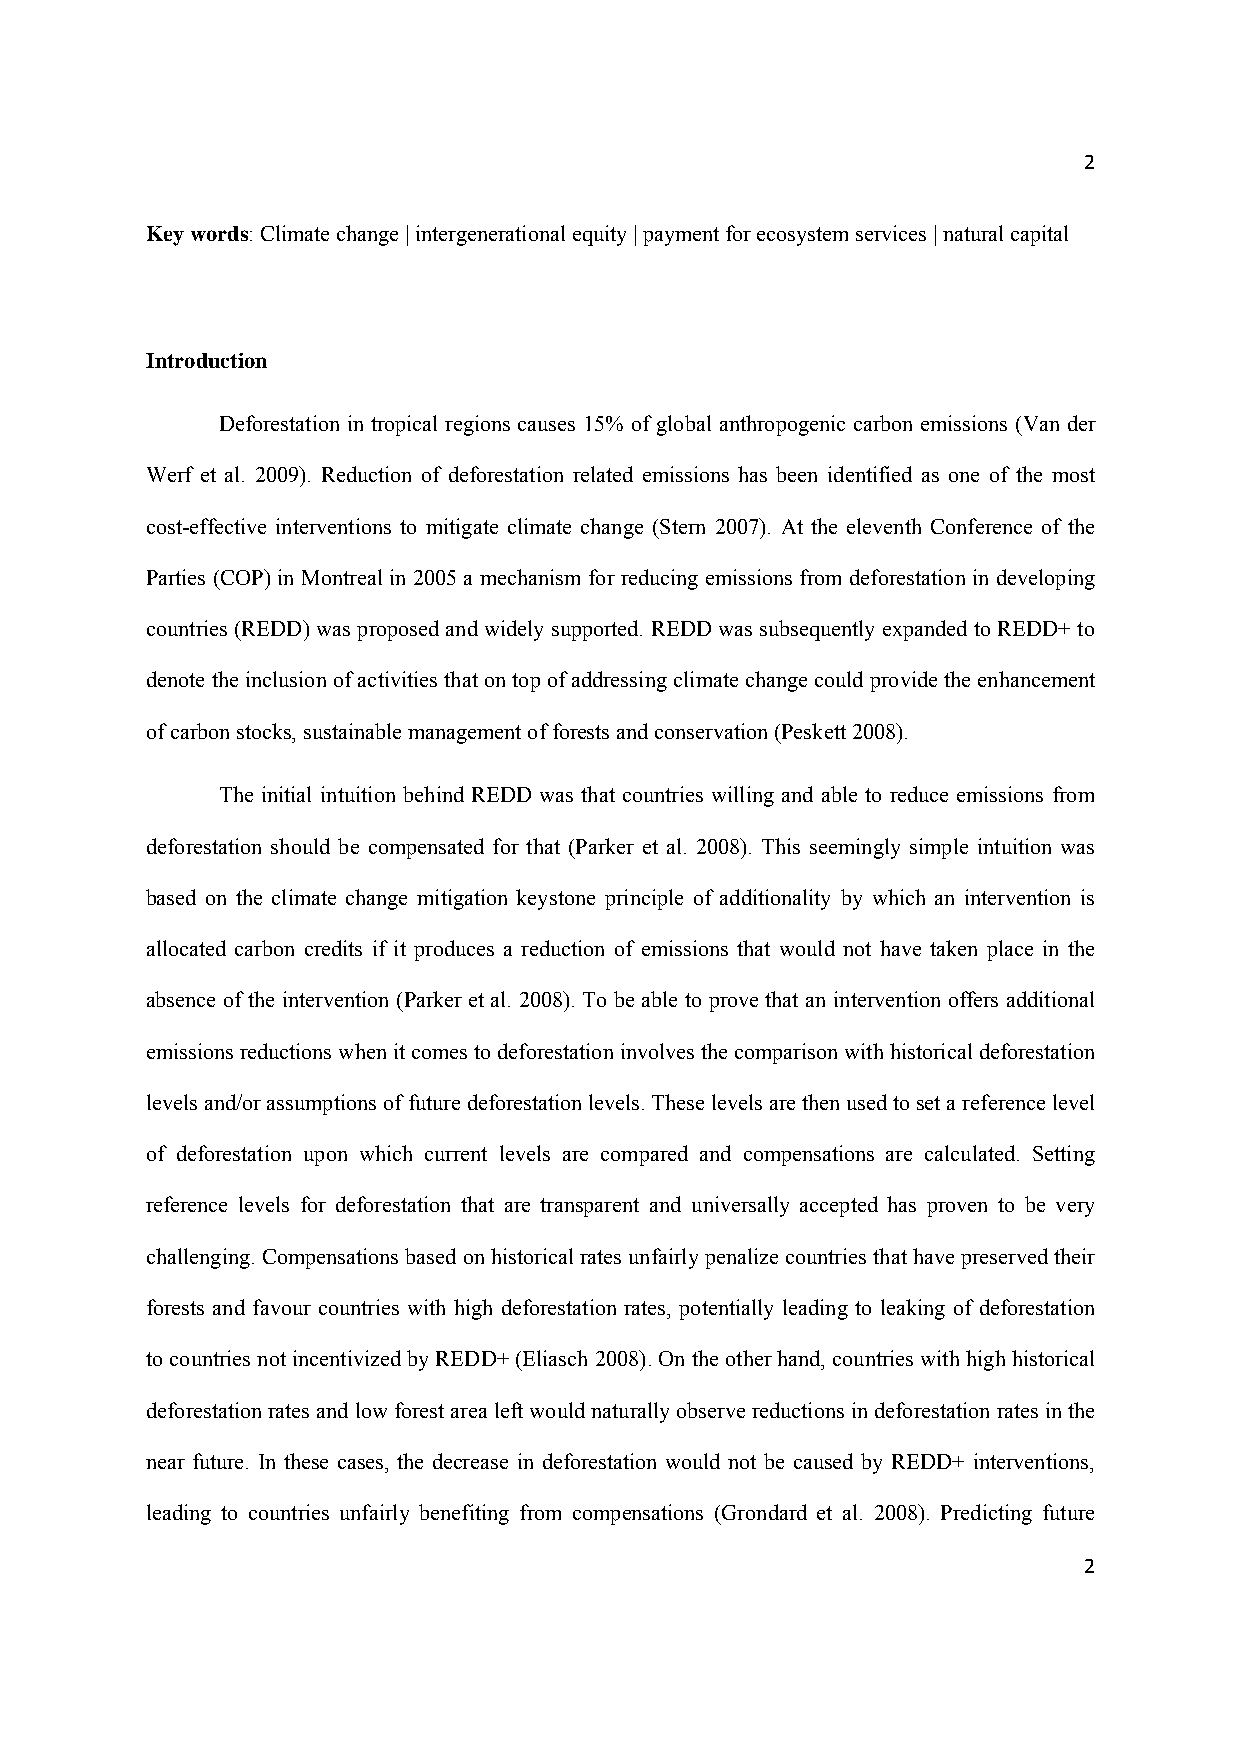
2
 Key words: Climate change | intergenerational equity | payment for ecosystem services | natural capital
 Introduction
 Deforestation in tropical regions causes 15% of global anthropogenic carbon emissions (Van der
 Werf et al. 2009). Reduction of deforestation related emissions has been identified as one of the most
 cost-effective interventions to mitigate climate change (Stern 2007). At the eleventh Conference of the
 Parties (COP) in Montreal in 2005 a mechanism for reducing emissions from deforestation in developing
 countries (REDD) was proposed and widely supported. REDD was subsequently expanded to REDD+ to
 denote the inclusion of activities that on top of addressing climate change could provide the enhancement
 of carbon stocks, sustainable management of forests and conservation (Peskett 2008).
 The initial intuition behind REDD was that countries willing and able to reduce emissions from
 deforestation should be compensated for that (Parker et al. 2008). This seemingly simple intuition was
 based on the climate change mitigation keystone principle of additionality by which an intervention is
 allocated carbon credits if it produces a reduction of emissions that would not have taken place in the
 absence of the intervention (Parker et al. 2008). To be able to prove that an intervention offers additional
 emissions reductions when it comes to deforestation involves the comparison with historical deforestation
 levels and/or assumptions of future deforestation levels. These levels are then used to set a reference level
 of deforestation upon which current levels are compared and compensations are calculated. Setting
 reference levels for deforestation that are transparent and universally accepted has proven to be very
 challenging. Compensations based on historical rates unfairly penalize countries that have preserved their
 forests and favour countries with high deforestation rates, potentially leading to leaking of deforestation
 to countries not incentivized by REDD+ (Eliasch 2008). On the other hand, countries with high historical
 deforestation rates and low forest area left would naturally observe reductions in deforestation rates in the
 near future. In these cases, the decrease in deforestation would not be caused by REDD+ interventions,
 leading to countries unfairly benefiting from compensations (Grondard et al. 2008). Predicting future
 2